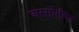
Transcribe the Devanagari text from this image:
अस्सोसीएट